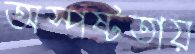
অস্পষ্টতায়